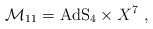
\begin{align*}\mathcal{M}_{11}=\mathrm{AdS}_4\times X^7~,\end{align*}